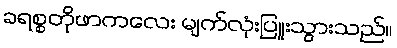
ခရစ္စတိုဖာကလေး မျက်လုံးပြူးသွားသည်။